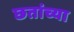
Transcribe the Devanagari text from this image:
छतांच्या